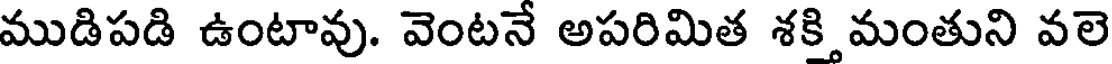
ముడిపడి ఉంటావు. వెంటనే అపరిమిత శక్తి మంతుని వలె